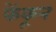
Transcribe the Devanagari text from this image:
फेंकून